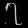
Digit: ၇